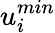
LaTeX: u_{i}^{min}